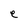
Character: e